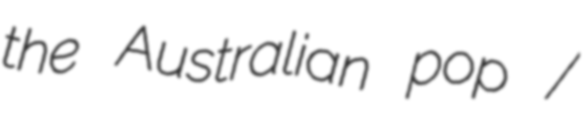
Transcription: the Australian pop /